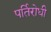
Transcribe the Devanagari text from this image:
पर्तिरोधी